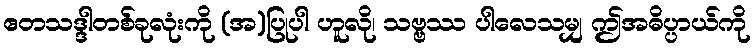
ဧတသဒ္ဒါတစ်ခုလုံးကို (အ)ပြုပါ ဟူလို၊ သဗ္ဗဿ ပါလေသမျှ ဤအဓိပ္ပာယ်ကို